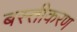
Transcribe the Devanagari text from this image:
बस्तीकरण